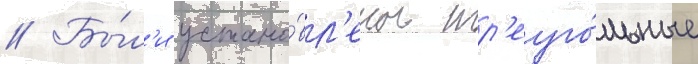
// Бы́л'и устано́вл'ены тр'еуго́льные